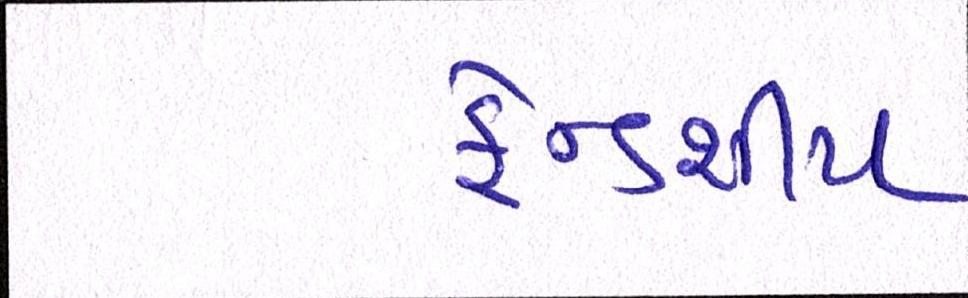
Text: ફ્રેન્ડશીપ